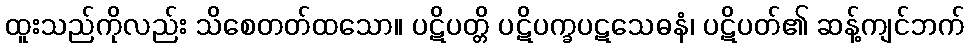
ထူးသည်ကိုလည်း သိစေတတ်ထသော။ ပဋိပတ္တိ ပဋိပက္ခပဋသေဓနံ၊ ပဋိပတ်၏ ဆန့်ကျင်ဘက်